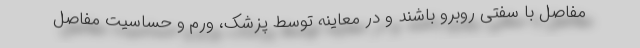
مفاصل با سفتی روبرو باشند و در معاینه توسط پزشک، ورم و حساسیت مفاصل